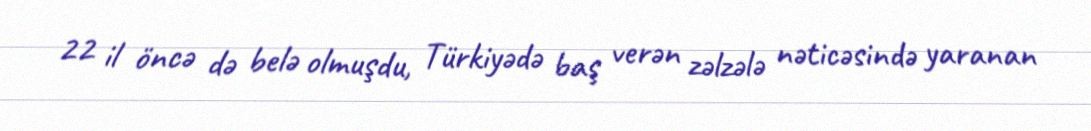
22 il öncə də belə olmuşdu, Türkiyədə baş verən zəlzələ nəticəsində yaranan